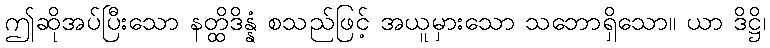
ဤဆိုအပ်ပြီးသော နတ္ထိဒိန္နံ စသည်ဖြင့် အယူမှားသော သဘောရှိသော။ ယာ ဒိဋ္ဌိ၊